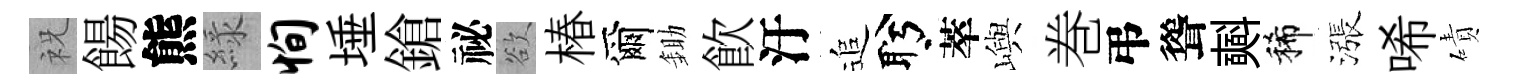
祝餳熊緑恂埵鎗祕欲椿爾鋤飮汙追盻萃嶼巻弔聳𣂏稀漲唏磧